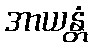
အာယန္တံ